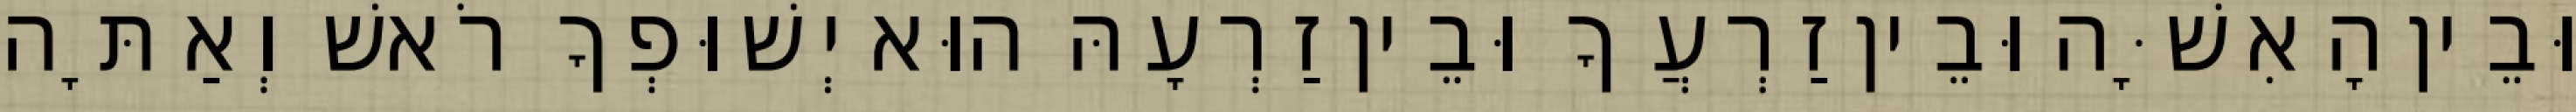
וּבֵין הָאִשָּׁה וּבֵין זַרְעֲךָ וּבֵין זַרְעָהּ הוּא יְשׁוּפְךָ רֹאשׁ וְאַתָּה